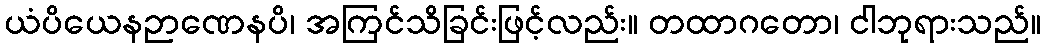
ယံပိယေနဉာဏေနပိ၊ အကြင်သိခြင်းဖြင့်လည်း။ တထာဂတော၊ ငါဘုရားသည်။